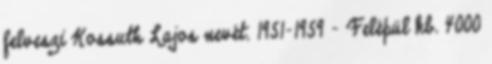
felveszi Kossuth Lajos nevét. 1951–1959 – Felépül kb. 4000